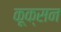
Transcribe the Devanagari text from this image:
कूक्सन